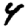
Digit: 4